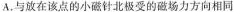
A.与放在该点的小磁针北极受的磁场力方向相同